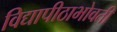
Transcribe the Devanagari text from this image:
विद्यापीठाभोवती